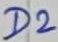
Text: D2